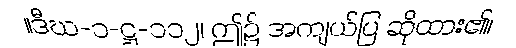
။ဒီဃ-၁-ဋ္ဌ-၁၁၂၊ ဤ၌ အကျယ်ပြ ဆိုထား၏၊